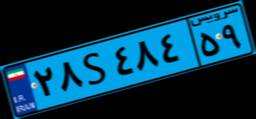
۶۳S۰۵۹۱۴